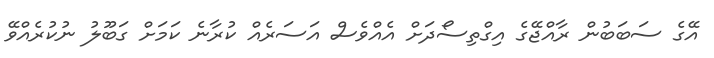
އޭގެ ސަބަބުން ރާއްޖޭގެ އިގްތިސޯދަށް އެއްވެސް އަސަރެއް ކުރާނެ ކަމަށް ގަބޫލު ނުކުރެއްވޭ